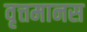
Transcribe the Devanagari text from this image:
वृत्तमानस